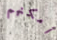
أمكنهم